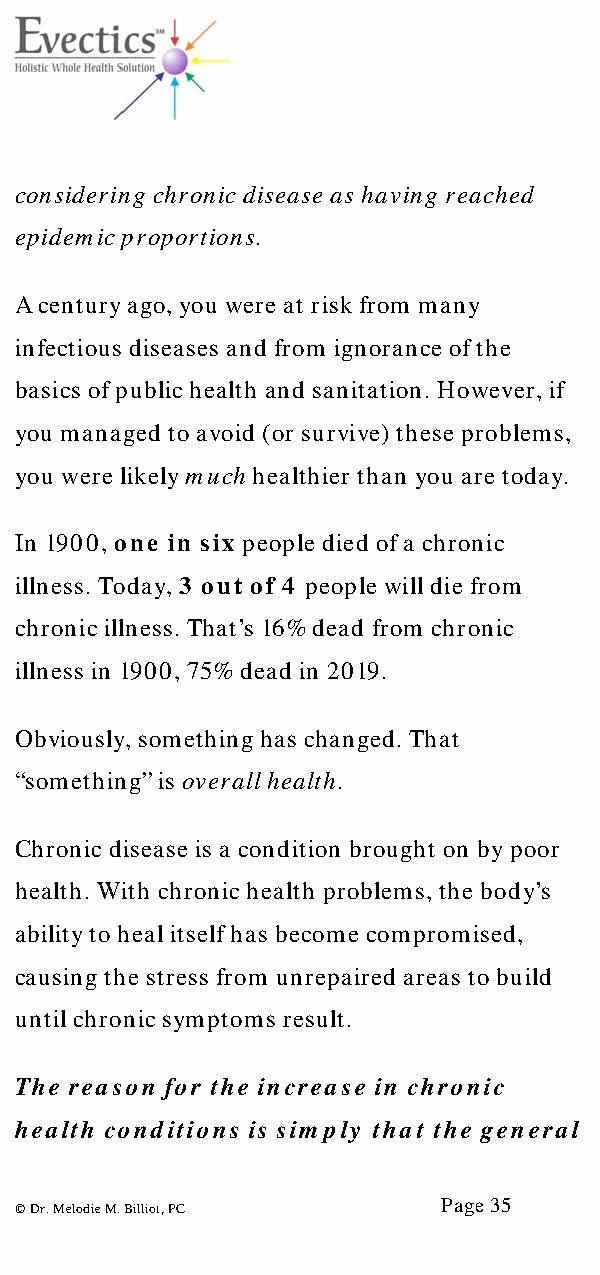
considering chronic disease as having reached
 epidemic proportions.
 A century ago, you were at risk from many
 infectious diseases and from ignorance of the
 basics of public health and sanitation. However, if
 you managed to avoid (or survive) these problems,
 you were likely much healthier than you are today.
 In 1900, one in six people died of a chronic
 illness. Today, 3 out of 4 people will die from
 chronic illness. That’s 16% dead from chronic
 illness in 1900, 75% dead in 2019.
 Obviously, something has changed. That
 “something” is overall health.
 Chronic disease is a condition brought on by poor
 health. With chronic health problems, the body’s
 ability to heal itself has become compromised,
 causing the stress from unrepaired areas to build
 until chronic symptoms result.
 The reason for the increase in chronic
 health conditions is simply that the general
 Page 35
 © Dr. Melodie M. Billiot, PC